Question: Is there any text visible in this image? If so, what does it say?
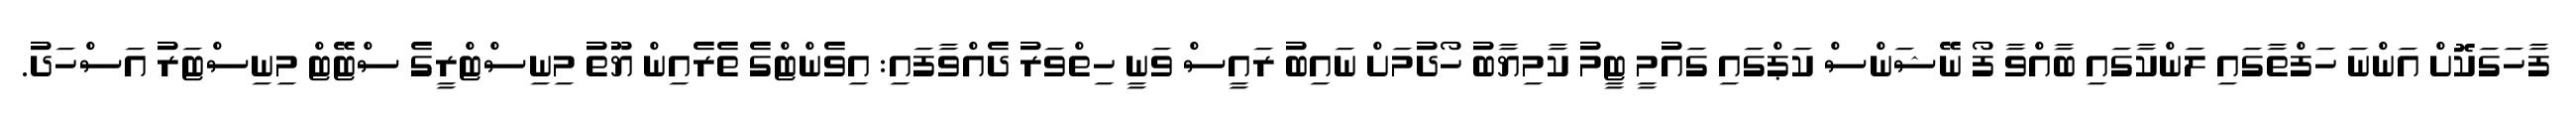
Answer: ފާހަގަކޮށް އަންނަ ހަފްތާގައި ލަންކާގައި ބާއްވާ ފޯ ނޭޝަންސް ކަޕްގައި ގައުމީ ޓީމު ކާމިޔާބު ހޯދުމަށް ނައިބު ރައީސް ވަނީ ހިތްވަރު ދެއްވާފައި: އިވެންޓްގެ ތެރެއިން ޔޫތު މިނިސްޓްރީގެ ސްޓޭޓް މިނިސްޓަރު އަސްހަދު.